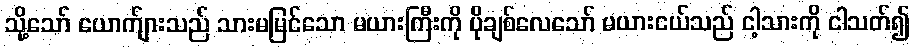
သို့သော် ယောက်ျားသည် သားမမြင်သော မယားကြီးကို ပိုချစ်လေသော် မယားငယ်သည် ငါ့သားကို ငါသတ်၍